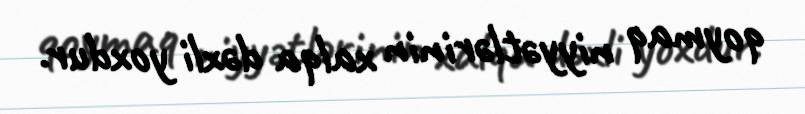
qoymaq niyyətlərinin xalqa dəxli yoxdur.